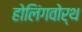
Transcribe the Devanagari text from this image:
होलिंगवोर्थ